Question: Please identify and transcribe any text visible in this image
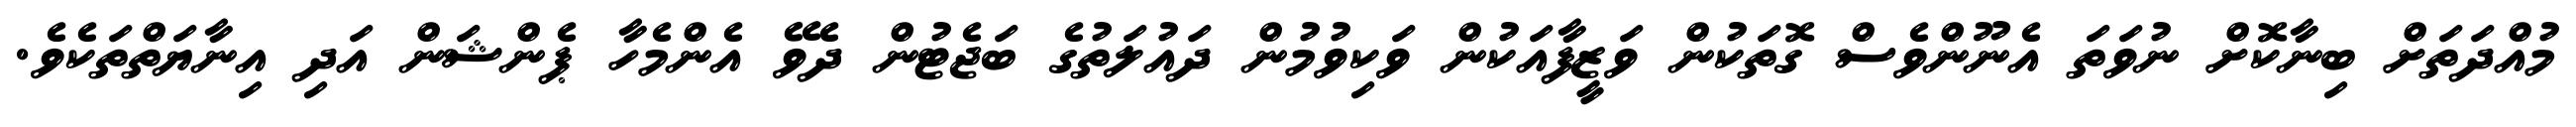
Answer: މުއްދަތަށް ބިނާކޮށް ނުވަތަ އެނޫންވެސް ގޮތަކުން ވަޒީފާއަކުން ވަކިވުމުން ދައުލަތުގެ ބަޖެޓުން ދެވޭ އެންމެހާ ޕެންޝަން އަދި އިނާޔަތްތަކެވެ.